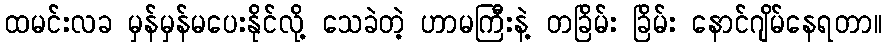
ထမင်းလခ မှန်မှန်မပေးနိုင်လို့ သေခဲတဲ့ ဟာမကြီးနဲ့ တခြိမ်း ခြိမ်း နောင်ဂျိမ်နေရတာ။